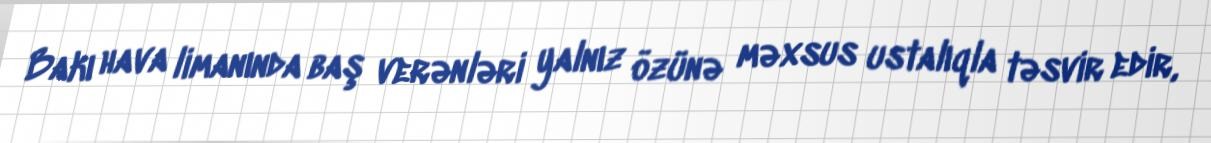
Bakı hava limanında baş verənləri yalnız özünə məxsus ustalıqla təsvir edir,